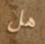
هل